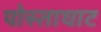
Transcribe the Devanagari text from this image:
पोस्ताघाट